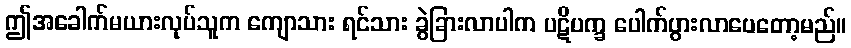
ဤအခေါက်မယားလုပ်သူက ကျောသား ရင်သား ခွဲခြားလာပါက ပဋိပက္ခ ပေါက်ပွားလာပေတော့မည်။